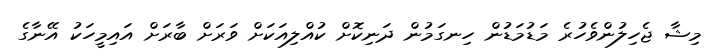
މިޝާ ޖެހިލުންވެހުރެ މަޑުމަޑުން ހިނގަމުން ދަނިކޮށް ކުއްލިއަކަށް ވަރަށް ބާރަށް އައިމީހަކު އޭނާގެ